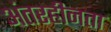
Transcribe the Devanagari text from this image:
अंतरहीनता